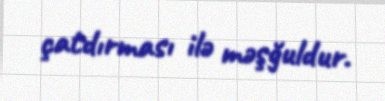
çatdırması ilə məşğuldur.